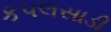
કપલસાડી